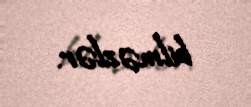
bilməzlər.